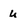
Character: U